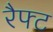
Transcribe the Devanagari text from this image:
रैफ्ट